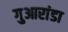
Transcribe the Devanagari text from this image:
गुआरांडा